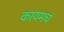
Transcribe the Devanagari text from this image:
कायमचं